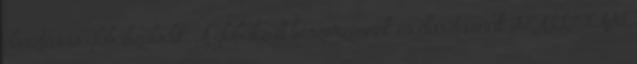
elosztás is globalizálódik. A globalizált beszerzésnek és elosztásnak SZÁLLÍTÁSI